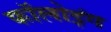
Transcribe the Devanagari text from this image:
फॉलोइंग